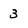
Character: 3